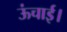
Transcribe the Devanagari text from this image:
ऊंचाई।